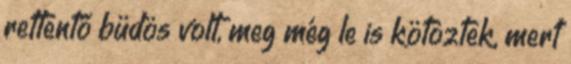
rettentő büdös volt, meg még le is kötöztek, mert